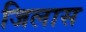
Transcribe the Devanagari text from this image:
जिलास